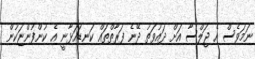
ނަމަވެސް އެ ޖަލްސާ އަށް ދައުވަތު ދޭނެ ފަރާތްތައް ކަނޑައަޅާނީ އެ ކުންފުންޏަކުން